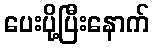
ပေးပို့ပြီးနောက်